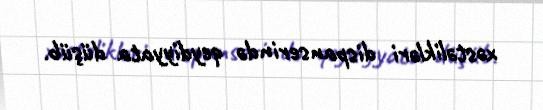
xəstəlikləri dispanserində qeydiyyata düşüb.